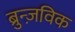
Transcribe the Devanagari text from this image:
ब्रुन्ज़विक